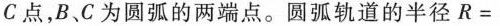
C点，B、C为圆弧的两端点。圆弧轨道的半径$$ R =